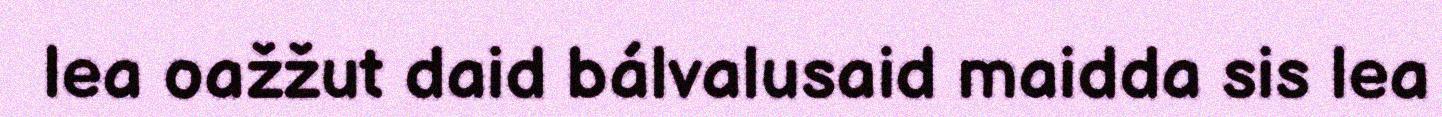
lea oažžut daid bálvalusaid maidda sis lea